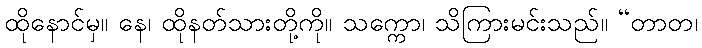
ထိုနောင်မှ။ နေ၊ ထိုနတ်သားတို့ကို။ သက္ကော၊ သိကြားမင်းသည်။ “တာတ၊